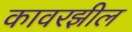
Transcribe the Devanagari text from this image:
कावरझील